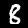
Digit: 8